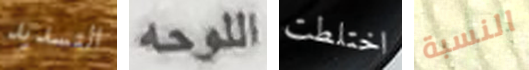
التسديد اللوحه اختلطت النسبة